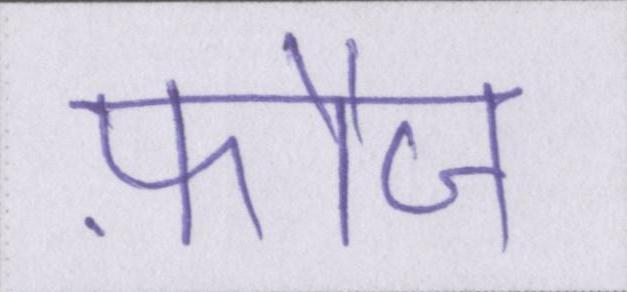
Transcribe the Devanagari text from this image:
फ़ौज